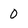
Character: 0